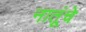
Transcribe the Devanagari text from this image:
नातूंचे